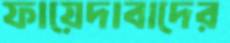
ফায়েদাবাদের